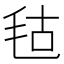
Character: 𣭎